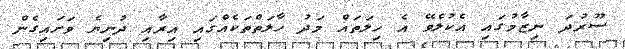
ސޫރުދަ ނިޒާމުގައި އެކުލެވޭ އެ ހިލަތައް މަދު ހާލަތްތަކެއްގައި އިރާއި ދުނިޔެ ވަށައިގެން